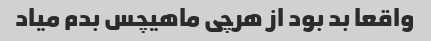
واقعا بد بود از هرچی ماهیچس بدم میاد